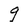
Character: g